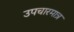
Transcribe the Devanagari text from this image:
उपचारमात्र